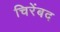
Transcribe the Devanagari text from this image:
चिरेंबद